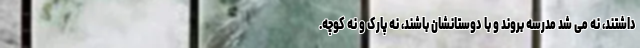
داشتند، نه می شد مدرسه بروند و با دوستانشان باشند، نه پارک و نه کوچه.